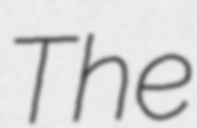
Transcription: The